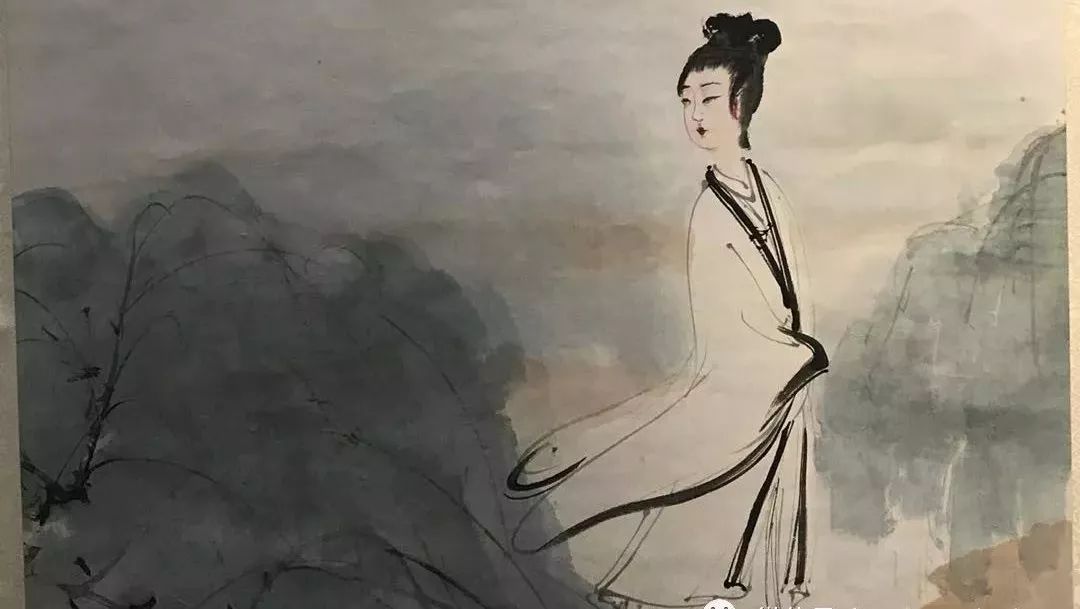
如切如磋，如琢如磨。